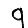
Digit: 9